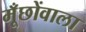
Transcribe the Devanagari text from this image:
मूँछोंवाला